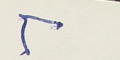
٢